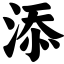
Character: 添